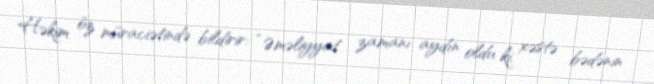
Həkim öz müraciətində bildirir: “Əməliyyat zamanı aydın oldu ki, xəstə bədənin